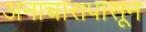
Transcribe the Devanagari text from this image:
अनाचारापासून